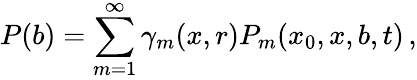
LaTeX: P(b)=\sum_{m=1}^{\infty}\gamma_{m}(x,r)P_{m}(x_{0},x,b,t)\, ,